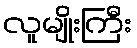
လူမျိုးကြီး